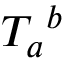
{ T _ { a } } ^ { b }